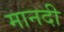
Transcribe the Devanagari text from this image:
मानदी